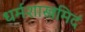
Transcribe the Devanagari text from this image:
धर्मशास्त्रमिदं